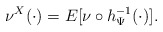
\begin{align*}\nu^X(\cdot)=E[\nu \circ h_{\Psi}^{-1}(\cdot)].\end{align*}